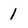
Character: 1